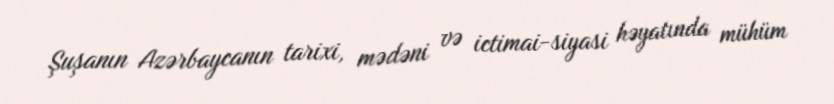
Şuşanın Azərbaycanın tarixi, mədəni və ictimai-siyasi həyatında mühüm